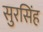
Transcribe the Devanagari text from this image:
सुरसिंह